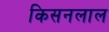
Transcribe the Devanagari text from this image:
किसनलाल